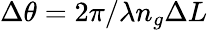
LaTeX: \Delta\theta=2\pi/\lambda n_{g}\Delta L